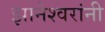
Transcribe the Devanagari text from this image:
झानेश्वरांनी